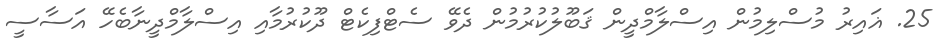
25. ޣައިރު މުސްލިމުން އިސްލާމްދީން ޤަބޫލުކުރުމުން ދެވޭ ސެޓްފިކެޓް ދޫކުރުމާއި އިސްލާމްދީނާބެހޭ އަސާސީ